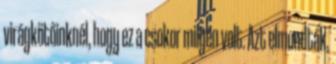
virágkötőinknél, hogy ez a csokor milyen volt. Azt elmondták,